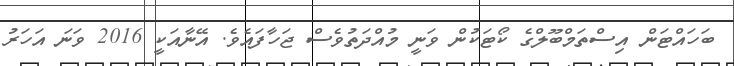
ބަހައްޓަން އިސްތަމްބޫލްގެ ކޯޓަކުން ވަނީ މުއްދަތުވެސް ޖަހާފައެވެ. އޭނާއަކީ 2016 ވަނަ އަހަރު